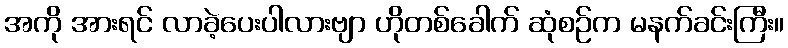
အကို အားရင် လာခဲ့ပေးပါလားဗျာ ဟိုတစ်ခေါက် ဆုံစဉ်က မနက်ခင်းကြီး။